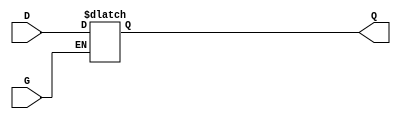
module gated_transparent_latch (
    input wire D,      // Data Input
    input wire G,      // Gate/Enable Input
    output reg Q       // Output
);

    always @(*) begin
        if (G) begin
            Q = D;      // When G is high, Q follows D
        end
        // When G is low, Q retains its previous value (hold state)
    end

endmodule